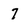
Character: 7